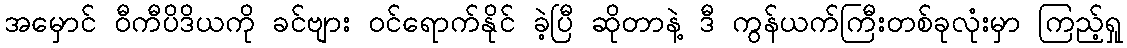
အမှောင် ဝီကီပိဒိယကို ခင်ဗျား ဝင်ရောက်နိုင် ခဲ့ပြီ ဆိုတာနဲ့ ဒီ ကွန်ယက်ကြီးတစ်ခုလုံးမှာ ကြည့်ရှု